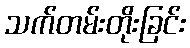
သက်တမ်းတိုးခြင်း